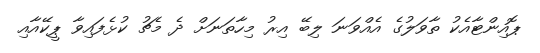
ޕޮއިންޓާއެކު ތާވަލުގެ އެއްވަނަ ލިބޭ އިރު މިހާތަނަށް ދެ މެޗު ކުޅެފައިވާ ޕީކޭއާއި